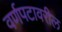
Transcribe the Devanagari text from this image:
वर्णपटावरील